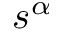
s ^ { \alpha }